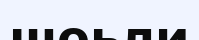
шоьли